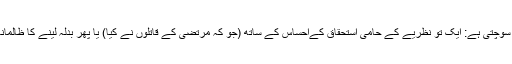
سرکش انا دو طرح سے طاقت کے بارے میں سوچتی ہے: ایک تو نظریے کے حامی استحقاق کےاحساس کے ساتھ (جو کہ مرتضٰی کے قاتلوں نے کیا) یا پھر بدلہ لینے کا ظالمانہ تصور (جس کا مرتضٰی نے اکثر اظہار کیا)۔